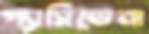
প্যাসিডেনা